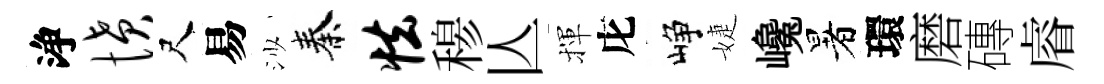
浄愤尺易沙秦怯𥠇亾揮庀峥婕巉暑環磨磚𥈠